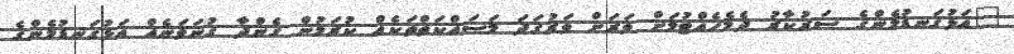
"އަޅުގަނޑުމެންގެ ސަރުކާރު ދެމެހެއްޓުމަށް ވަރަށް ވަރުގަދަ މަސައްކަތްތަކެއް ކުރަމުން ގެންދާ ގުނަވަނެއް އަޅުގަނޑުމެންގެ